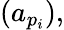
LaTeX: (a_{p_{i}}),